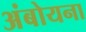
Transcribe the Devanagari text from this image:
अंबोयना